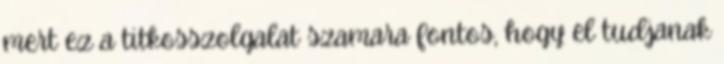
mert ez a titkosszolgalat szamara fontos, hogy el tudjanak